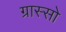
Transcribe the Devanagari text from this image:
ग्रास्सो